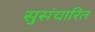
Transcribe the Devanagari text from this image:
सुसंचारित